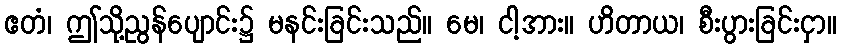
ဧတံ၊ ဤသို့ညွန်ပျောင်း၌ မနင်းခြင်းသည်။ မေ၊ ငါ့အား။ ဟိတာယ၊ စီးပွားခြင်းငှာ။